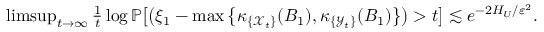
\begin{array} { r } { \operatorname* { l i m s u p } _ { t \to \infty } \frac { 1 } { t } \log \mathbb { P } \big [ \big ( \xi _ { 1 } - \operatorname* { m a x } \big \{ \kappa _ { \{ { \mathcal X } _ { t } \} } ( B _ { 1 } ) , \kappa _ { \{ { \mathcal Y } _ { t } \} } ( B _ { 1 } ) \big \} \big ) > t \big ] \lesssim e ^ { - 2 H _ { U } / \varepsilon ^ { 2 } } . } \end{array}